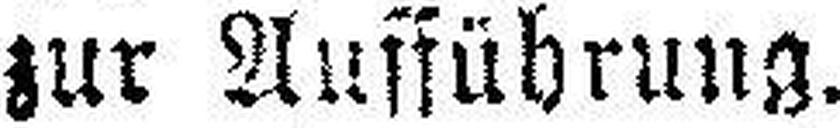
zur Ausführung.